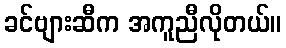
ခင်ဗျားဆီက အကူညီလိုတယ်။